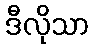
ဒီလိုသာ